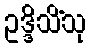
ဥဒ္ဒိသိံသု